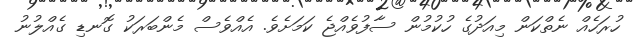
ހުރަހެއް ނެތްކަން މިއަދުގެ ހުކުމުން ސާފުވެއްޖެ ކަމަށެވެ. އެއްވެސް މެންބަރަކު ގޮނޑި ގެއްލުނު